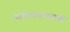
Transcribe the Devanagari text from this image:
व्यक्तिकरणमापी